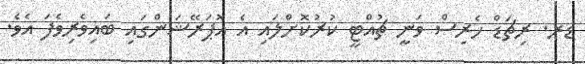
ޑރ. ރިޗަޑް ހެރިސް ވަނީ ޗުއްޓީ ކުރުކޮށްލައި އެ އޮޕަރޭޝަންގައި ބައިވެރިވެފަ އެވެ.